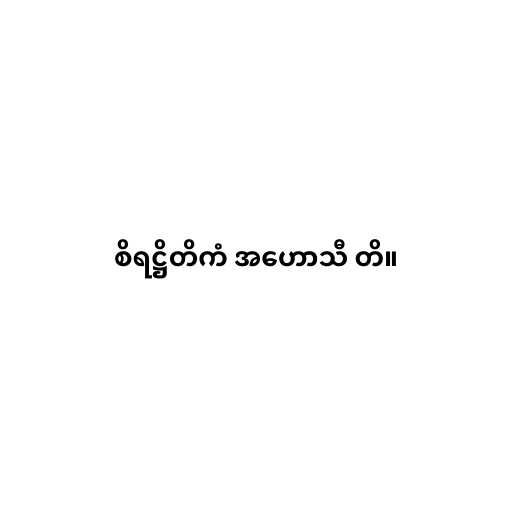
စိရဋ္ဌိတိကံ အဟောသီ တိ။